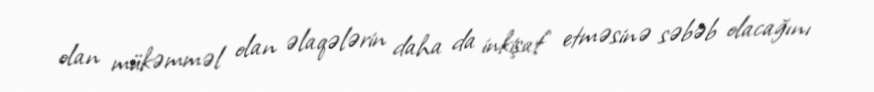
olan mükəmməl olan əlaqələrin daha da inkişaf etməsinə səbəb olacağını